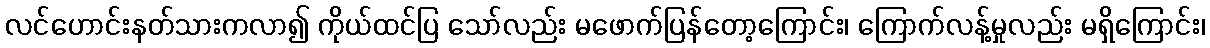
လင်ဟောင်းနတ်သားကလာ၍ ကိုယ်ထင်ပြ သော်လည်း မဖောက်ပြန်တော့ကြောင်း၊ ကြောက်လန့်မှုလည်း မရှိကြောင်း၊